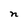
Character: n